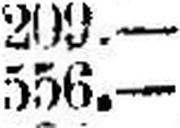
556.—